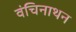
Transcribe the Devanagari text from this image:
वंचिनाथन